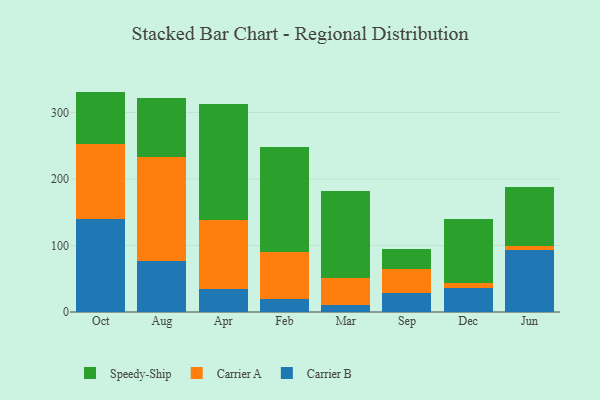
{"axis": {"x": "Month", "y": "Page Views"}, "legend": ["Carrier A", "Carrier B", "Speedy-Ship"], "data": [{"x": "Oct", "y": 139.3, "type": "Carrier B"}, {"x": "Oct", "y": 113.9, "type": "Carrier A"}, {"x": "Oct", "y": 78.2, "type": "Speedy-Ship"}, {"x": "Aug", "y": 76.5, "type": "Carrier B"}, {"x": "Aug", "y": 156.3, "type": "Carrier A"}, {"x": "Aug", "y": 89.3, "type": "Speedy-Ship"}, {"x": "Apr", "y": 34.7, "type": "Carrier B"}, {"x": "Apr", "y": 102.9, "type": "Carrier A"}, {"x": "Apr", "y": 175.0, "type": "Speedy-Ship"}, {"x": "Feb", "y": 18.9, "type": "Carrier B"}, {"x": "Feb", "y": 71.0, "type": "Carrier A"}, {"x": "Feb", "y": 157.7, "type": "Speedy-Ship"}, {"x": "Mar", "y": 11.1, "type": "Carrier B"}, {"x": "Mar", "y": 39.9, "type": "Carrier A"}, {"x": "Mar", "y": 131.3, "type": "Speedy-Ship"}, {"x": "Sep", "y": 29.1, "type": "Carrier B"}, {"x": "Sep", "y": 36.2, "type": "Carrier A"}, {"x": "Sep", "y": 29.2, "type": "Speedy-Ship"}, {"x": "Dec", "y": 36.6, "type": "Carrier B"}, {"x": "Dec", "y": 7.6, "type": "Carrier A"}, {"x": "Dec", "y": 95.1, "type": "Speedy-Ship"}, {"x": "Jun", "y": 93.6, "type": "Carrier B"}, {"x": "Jun", "y": 6.0, "type": "Carrier A"}, {"x": "Jun", "y": 88.3, "type": "Speedy-Ship"}]}